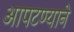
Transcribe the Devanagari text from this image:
आपटण्याने